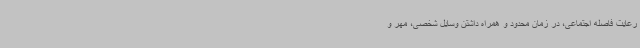
رعایت فاصله اجتماعی، در زمان محدود و همراه داشتن وسایل شخصی، مهر و